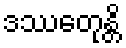
ဒဿေတုန္တိ